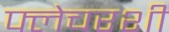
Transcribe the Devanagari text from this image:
फ्लेचरशी